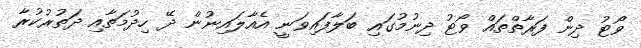
ވޯޓު ދިން ފަރާތްތައް ވޯޓު ދިނުމުގައި ބަލާފައިވަނީ އެއާލައިނުން ދޭ ހިދުމަތާއި ދަތުރުކުރާ